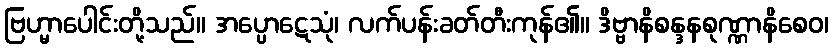
ဗြဟ္မာပေါင်းတို့သည်။ အပ္ပောဋေသုံ၊ လက်ပန်းခတ်တီးကုန်၏။ ဒိဗ္ဗာနိစန္ဒနစုဏ္ဏာနိစေဝ၊